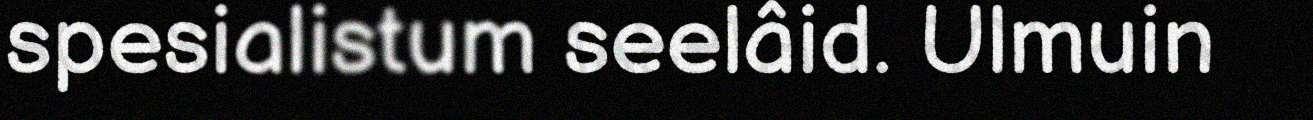
spesialistum seelâid. Ulmuin